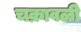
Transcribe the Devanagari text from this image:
चक्रावळी